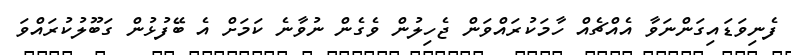
ފެނިވަޑައިގަންނަވާ އެއްޗެއް ހާމަކުރައްވަން ޖެހިލުން ވެގެން ނުވާނެ ކަމަށް އެ ބޭފުޅުން ގަބޫލުކުރައްވަ